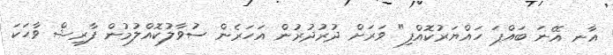
އާނ އޭނަ ބައްޕަ ހައްޔަރުކޮއްފި" ވަރަށް ދުރުދުރުން އަހަރެން ސުވާލުކޮއްލުމުން ފާރިޝް ވާހަކަ